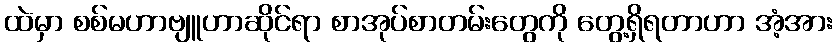
ထဲမှာ စစ်မဟာဗျူဟာဆိုင်ရာ စာအုပ်စာတမ်းတွေကို တွေ့ရှိရတာဟာ အံ့အား